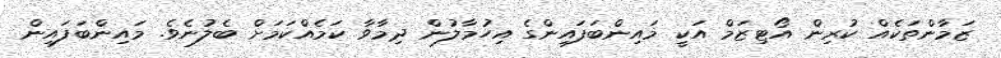
ޒަމާންތަކެއް ކުރިން އޯޓިޒަމް އަކީ މައިންބަފައިންގެ އިހުމާލުން ދިމާވާ ކަމެއްކަމަށް ބެލުނެވެ. މައިންބަފައިން